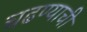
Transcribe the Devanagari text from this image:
चढण्याची